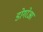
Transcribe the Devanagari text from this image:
डोगरेआ